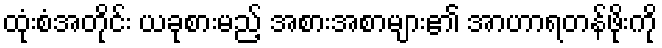
ထုံးစံအတိုင်း ယခုစားမည့် အစားအစာများ၏ အာဟာရတန်ဖိုးကို